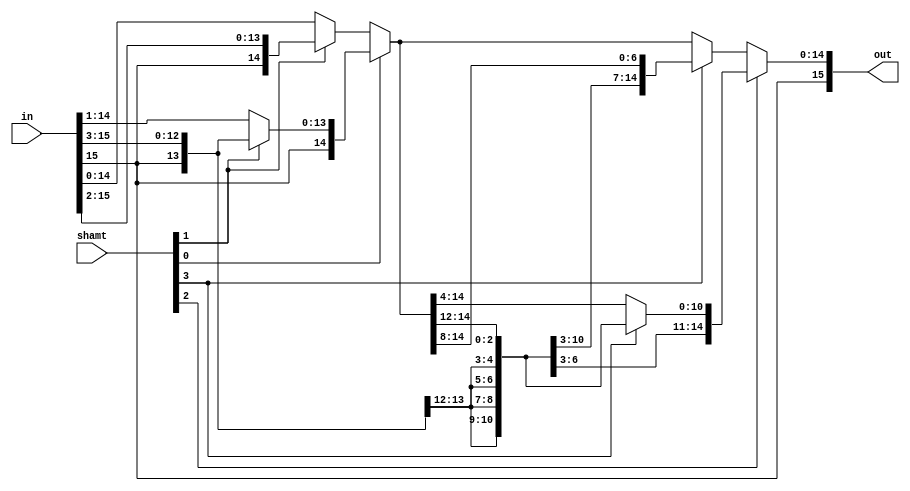
module SRA(input [15:0] in, input [3:0] shamt, output [15:0] out);
	
	wire [15:0] stage;
	
	assign stage = shamt[0] ? (shamt[1] ? {{3{in[15]}}, in[15:3]} : {{1{in[15]}}, in[15:1]}) : (shamt[1] ? {{2{in[15]}}, in[15:2]} : in);
	assign out = shamt[2] ? (shamt[3] ? {{12{stage[15]}}, stage[15:12]} : {{4{stage[15]}}, stage[15:4]}) : (shamt[3] ? {{8{stage[15]}}, stage[15:8]} : stage);

endmodule